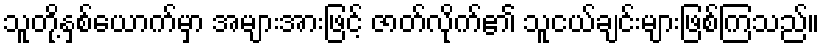
သူတို့နှစ်ယောက်မှာ အများအားဖြင့် ဇာတ်လိုက်၏ သူငယ်ချင်းများဖြစ်ကြသည်။